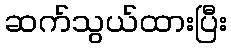
ဆက်သွယ်ထားပြီး